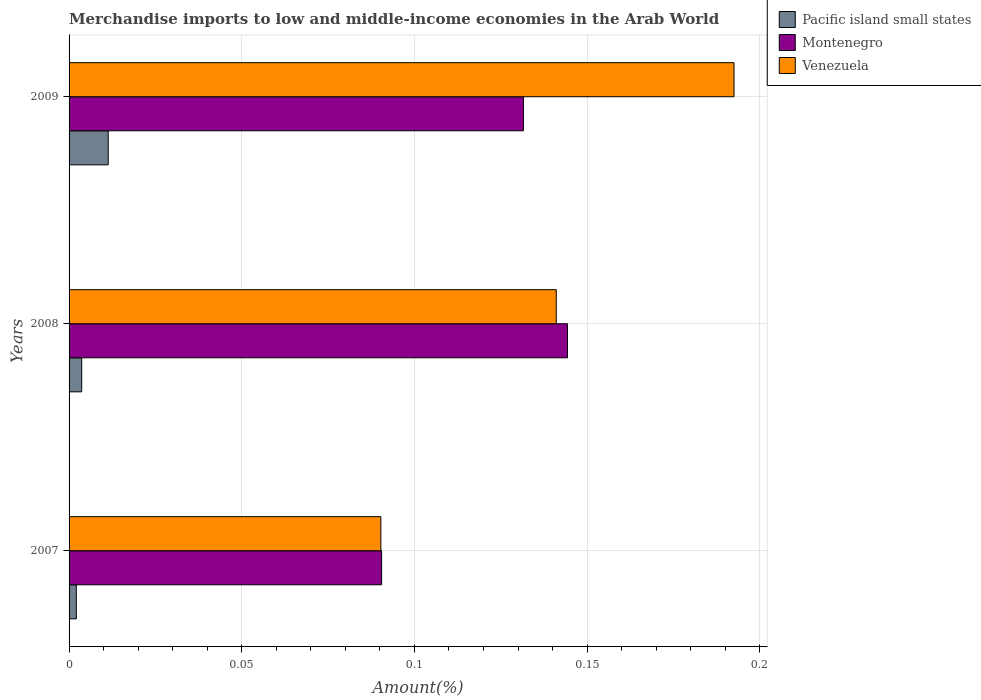
| Years | Pacific island small states | Montenegro | Venezuela |
 | --- | --- | --- | --- |
 | 2007 | 0.0021 | 0.0905 | 0.0903 |
 | 2008 | 0.00365 | 0.144 | 0.141 |
 | 2009 | 0.0113 | 0.132 | 0.193 |